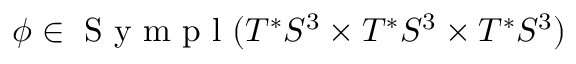
\phi \in \textup { S y m p l } ( T ^ { * } S ^ { 3 } \times T ^ { * } S ^ { 3 } \times T ^ { * } S ^ { 3 } )